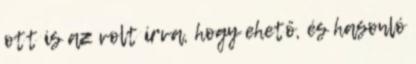
ott is az volt írva, hogy ehető, és hasonló